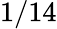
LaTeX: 1/14